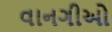
વાનગીઓ